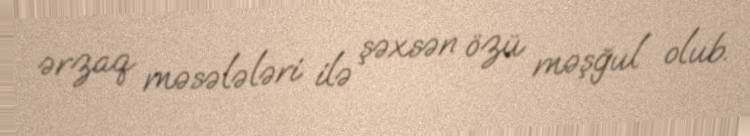
ərzaq məsələləri ilə şəxsən özü məşğul olub.